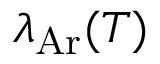
\lambda _ { \mathrm { A r } } ( T )